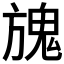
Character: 𩲌